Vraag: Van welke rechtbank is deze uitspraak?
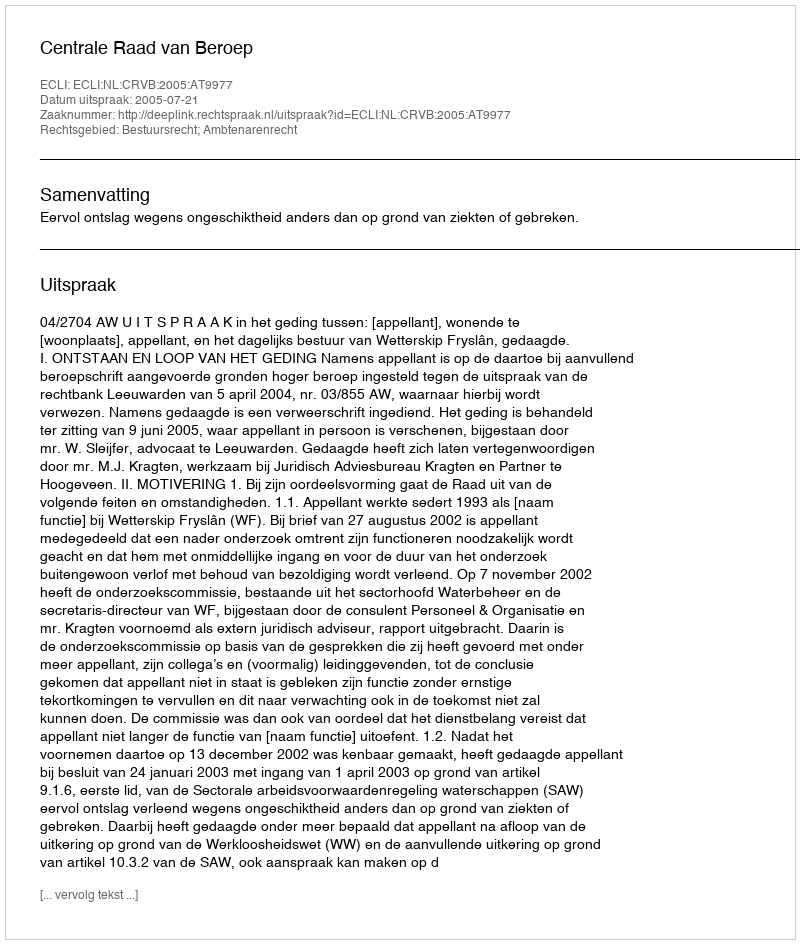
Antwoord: Centrale Raad van Beroep